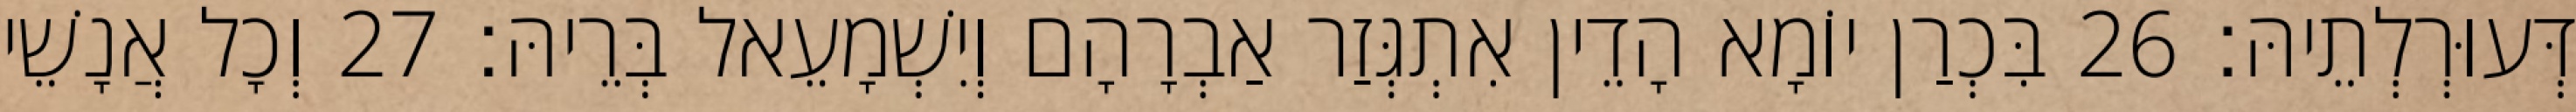
דְּעוּרְלְתֵיהּ׃ 26 בִּכְרַן יוֹמָא הָדֵין אִתְגְּזַר אַבְרָהָם וְיִשְׁמָעֵאל בְּרֵיהּ׃ 27 וְכָל אֲנָשֵׁי